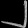
Digit: ၂